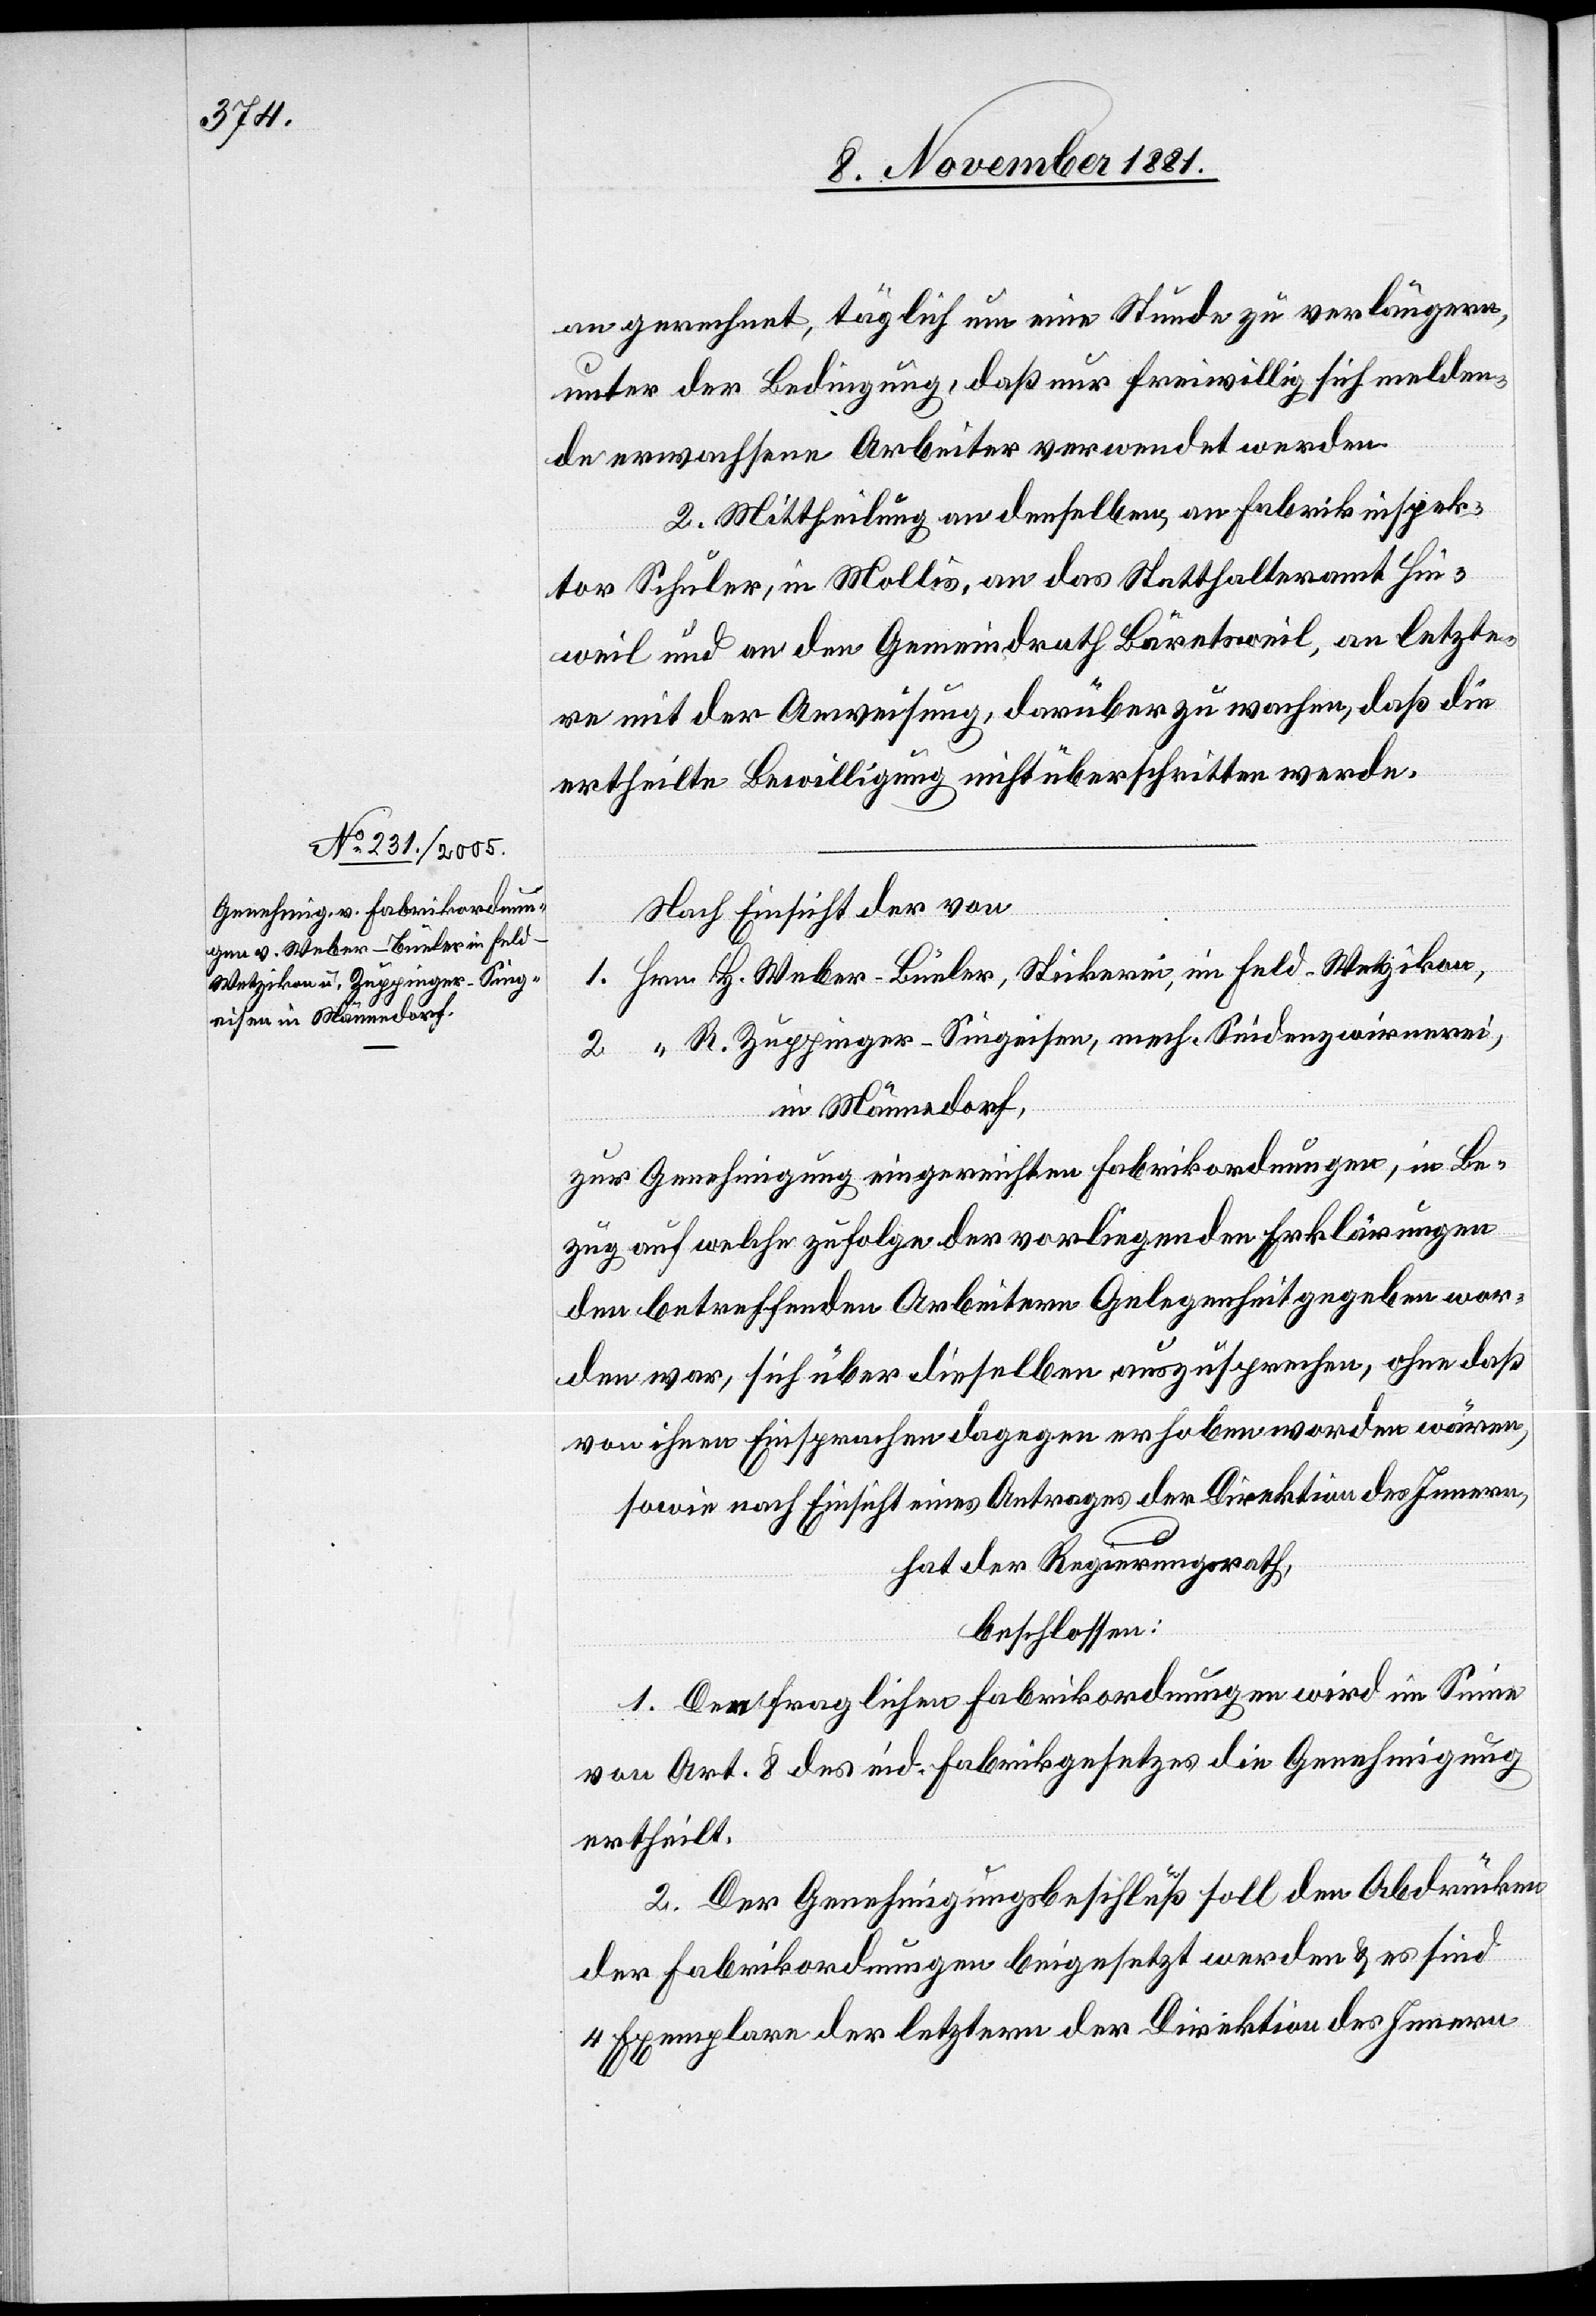
an gerechnet, täglich um eine Stunde zu verlängern,
unter der Bedingung, daß nur freiwillig sich melden¬
de erwachsene Arbeiter verwendet werden.
2. Mittheilung an denselben, an Fabrikinspek¬
tor Schuler, in Mollis, an das Statthalteramt Hin¬
weil und an den Gemeindrath Bäretsweil, an letzte¬
re mit der Anweisung, darüber zu wachen, daß die
ertheilte Bewilligung nicht überschritten werde.
Nach Einsicht der von
1. Hrn. H. Weber-Büeler, Stickerei, im Feld - Wetzikon,
2. “ R. Zuppinger-Singeisen, mech. Seidenzwirnerei,
in Männedorf,
zur Genehmigung eingereichten Fabrikordnungen, in Be¬
zug auf welche zufolge der vorliegenden Erklärungen
den betreffenden Arbeitern Gelegenheit gegeben wor¬
den war, sich über dieselben auszusprechen, ohne daß
von ihnen Einsprachen dagegen erhoben worden wären,
sowie nach Einsicht eines Antrages der Direktion des Innern,
hat der Regierungsrath,
beschlossen:
1. Den fraglichen Fabrikordnungen wird im Sinne
von Art. 8 des eid. Fabrikgesetzes die Genehmigung
ertheilt.
2. Der Genehmigungsbeschluß soll den Abdrücken
der Fabrikordnungen beigesetzt werden & es sind
Exemplare der letztern der Direktion des Innern